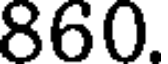
860.